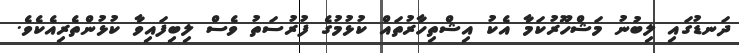
ދަނޑުގައި ލިބުނު މަޝްހޫރުކަމާ އެކު އިޝްތިހާރުތައް ކުޅުމުގެ ފުރުސަތު ވެސް ލިބިފައިވާ ކުޅުންތެރިއެކެވެ.